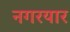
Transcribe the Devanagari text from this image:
नगरयार